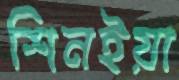
শিনইয়া